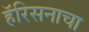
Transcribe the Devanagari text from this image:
हॅरिसनाचा